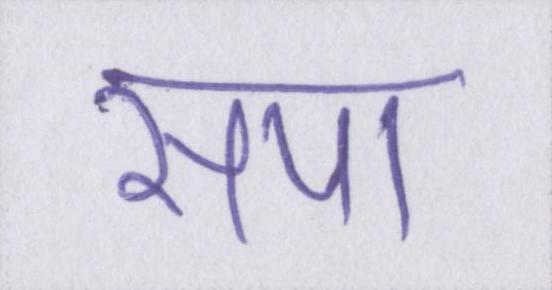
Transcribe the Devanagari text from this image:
सपा